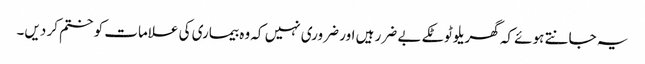
یہ جانتے ہوئے کہ گھریلو ٹوٹکے بے ضرر ہیں اور ضروری نہیں کہ وہ بیماری کی علامات کو ختم کر دیں۔